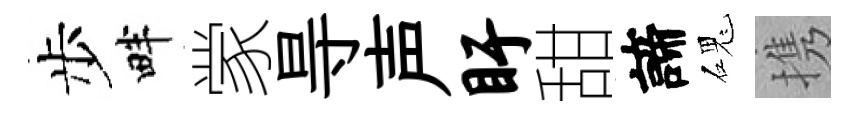
步畔䝉㝵声盱甜諦磈携